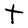
Character: T